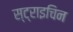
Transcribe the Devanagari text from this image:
स्ट्राइचिन